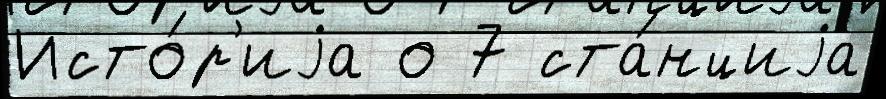
Исто́р'иjа о 7 ста́нциjа